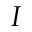
I